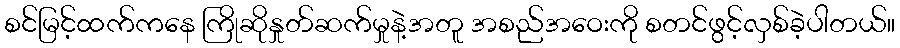
စင်မြင့်ထက်ကနေ ကြိုဆိုနှုတ်ဆက်မှုနဲ့အတူ အစည်အဝေးကို စတင်ဖွင့်လှစ်ခဲ့ပါတယ်။